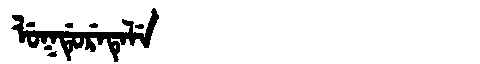
Manchu: ᠯᡠᡴᡩᡠᡵᡝᡨᡝᠯᡝ
Romanization: LUKDURETELE